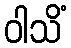
ဝါသိံ